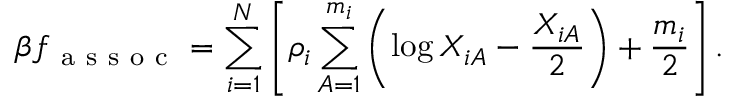
\beta f _ { \mathrm { ~ a ~ s ~ s ~ o ~ c ~ } } = \sum _ { i = 1 } ^ { N } \left[ \rho _ { i } \sum _ { A = 1 } ^ { m _ { i } } \left( \log X _ { i A } - \frac { X _ { i A } } { 2 } \right) + \frac { m _ { i } } { 2 } \right] .